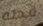
قطه